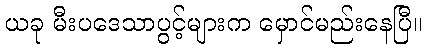
ယခု မီးပဒေသာပွင့်များက မှောင်မည်းနေပြီ။